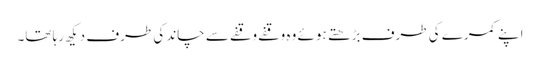
اپنے کمرے کی طرف بڑھتے ہوئے وہ وقفے وقفے سے چاند کی طرف دیکھ رہا تھا۔